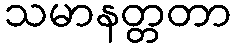
သမာနတ္တတာ